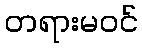
တရားမဝင်